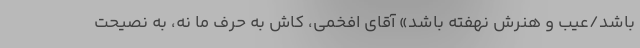
باشد/عیب و هنرش نهفته باشد» آقای افخمی، کاش به حرف ما نه، به نصیحت